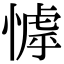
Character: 㦆